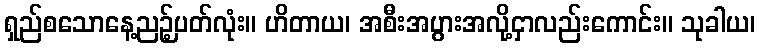
ရှည်စသောနေ့ညဉ့်ပတ်လုံး။ ဟိတာယ၊ အစီးအပွားအလို့ငှာလည်းကောင်း။ သုခါယ၊